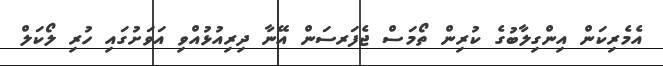
އެމެރިކަން އިންގިލާބުގެ ކުރިން ތޯމަސް ޖެފަރސަން އޭނާ ދިރިއުޅުއްވި އަވަށުގައި ހުރި ލޯކަލް